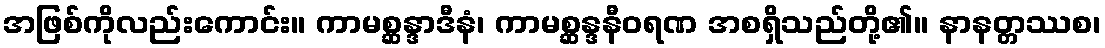
အဖြစ်ကိုလည်းကောင်း။ ကာမစ္ဆန္ဒာဒီနံ၊ ကာမစ္ဆန္ဒနီဝရဏ အစရှိသည်တို့၏။ နာနတ္တဿစ၊